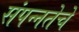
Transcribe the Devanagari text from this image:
संपन्‍नतेचे